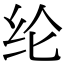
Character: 纶